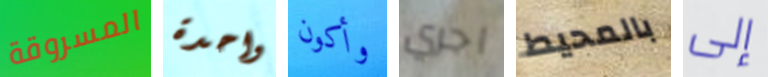
المسروقة واحدة وأكون اجري بالمحيط إلى